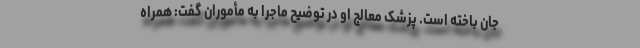
جان باخته است. پزشک معالج او در توضیح ماجرا به مأموران گفت: همراه